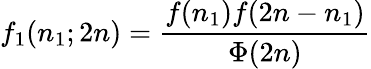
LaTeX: f_{1}(n_{1};2n)=\frac{f(n_{1})f(2n-n_{1})}{\Phi(2n)}